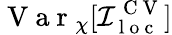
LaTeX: \mathrm{~V~a~r~}_{\chi}[\mathcal{I}_{\mathrm{~l~o~c~}}^{\mathrm{~C~V~}}]